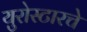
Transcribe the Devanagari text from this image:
युरोस्टारचे